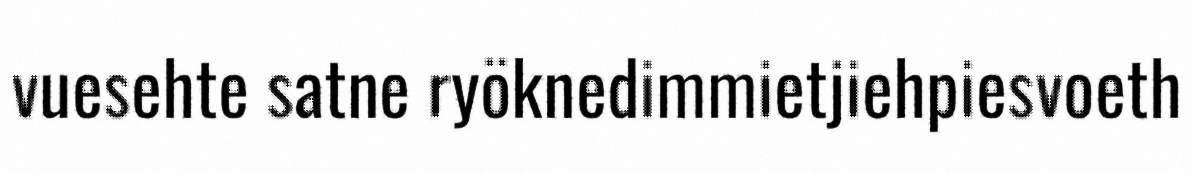
vuesehte satne ryöknedimmietjiehpiesvoeth